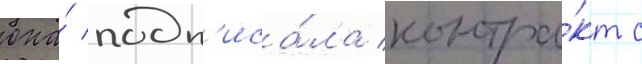
она́ подп'иса́ла контра́кт с